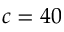
c = 4 0